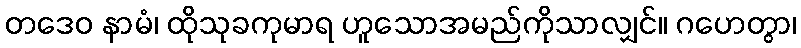
တဒေဝ နာမံ၊ ထိုသုခကုမာရ ဟူသောအမည်ကိုသာလျှင်။ ဂဟေတွာ၊